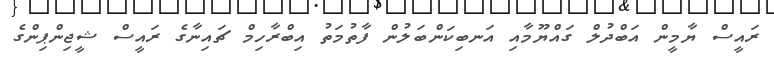
ރައީސް ޔާމީން އަބްދުލް ގައްޔޫމާއި އަނބިކަންބަލުން ފާތުމަތު އިބްރާހިމް ޗައިނާގެ ރައީސް ޝީޖިންޕިންގެ